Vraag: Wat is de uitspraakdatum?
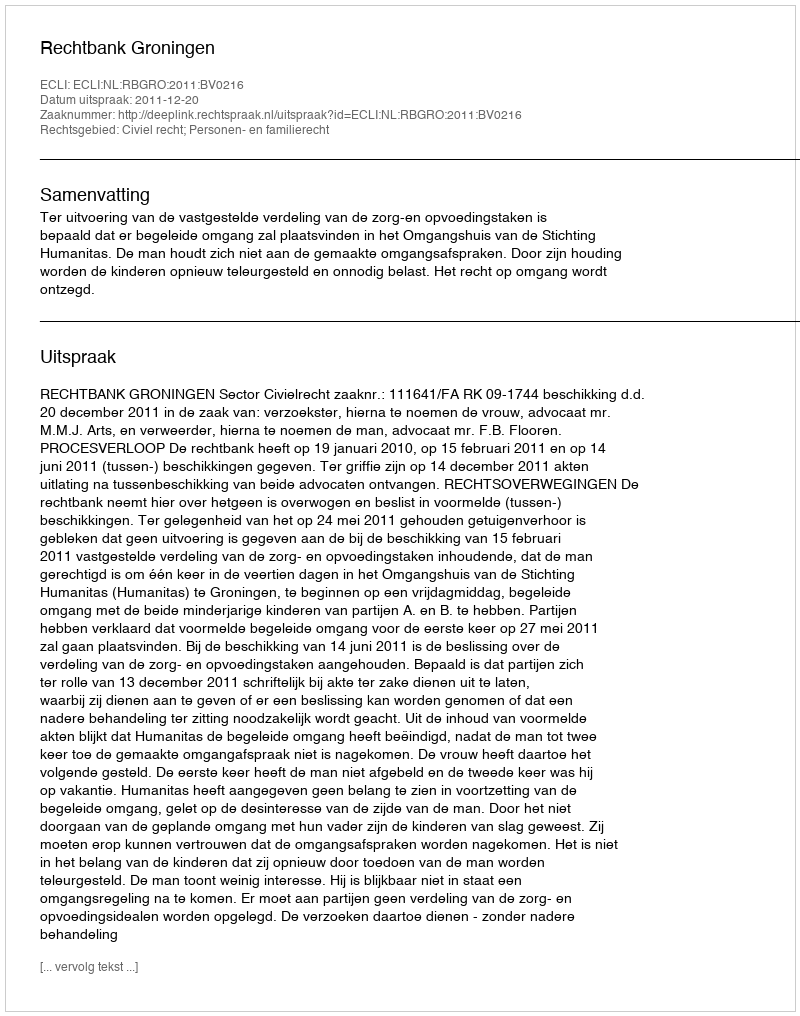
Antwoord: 2011-12-20